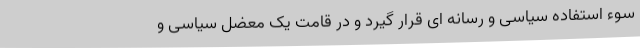
سوء استفاده سیاسی و رسانه ای قرار گیرد و در قامت یک معضل سیاسی و